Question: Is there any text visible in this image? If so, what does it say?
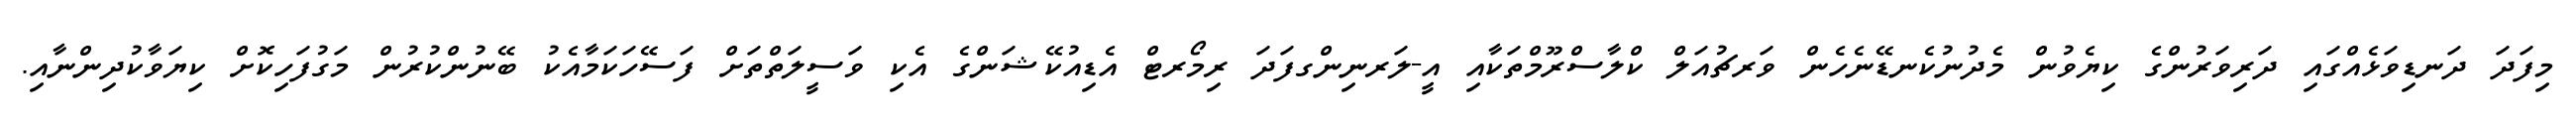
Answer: މިފަދަ ދަނޑިވަޅެއްގައި ދަރިވަރުންގެ ކިޔެވުން މެދުނުކެނޑޭނެހެން ވަރޗުއަލް ކްލާސްރޫމްތަކާއި އީ-ލަރނިންގފަދަ ރިމޯރޓް އެޑިއުކޭޝަންގެ އެކި ވަސީލަތްތަށް ފަސޭހަކަމާއެކު ބޭނުންކުރުން މަގުފަހިކޮށް ކިޔަވާކުދިންނާއި.